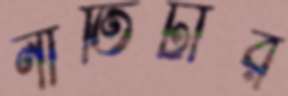
নাতিটার